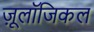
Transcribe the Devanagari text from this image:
ज़ू्लॉजिकल